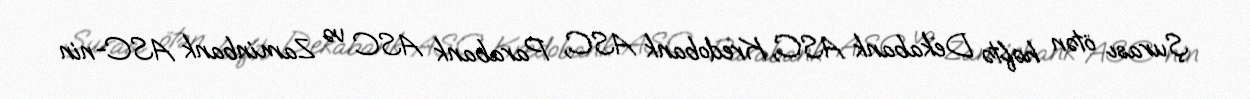
Şurası ötən həftə Dekabank ASC, Kredobank ASC, Parabank ASC və Zaminbank ASC-nin